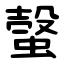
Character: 螜